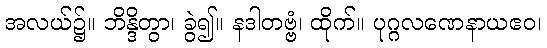
အလယ်၌။ ဘိန္ဒိတွာ၊ ခွဲ၍။ နဒါတဗ္ဗံ၊ ထိုက်။ ပုဂ္ဂလဏေနာယဧဝ၊